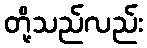
တို့သည်လည်း